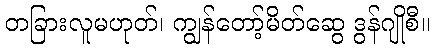
တခြားလူမဟုတ်၊ ကျွန်တော့်မိတ်ဆွေ ဒွန်ဂျိုစီ။